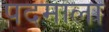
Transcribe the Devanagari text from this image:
पदमाला